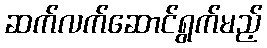
ဆက်လက်ဆောင်ရွက်မည့်